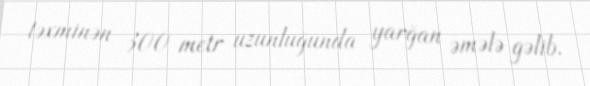
təxminən 300 metr uzunluğunda yarğan əmələ gəlib.